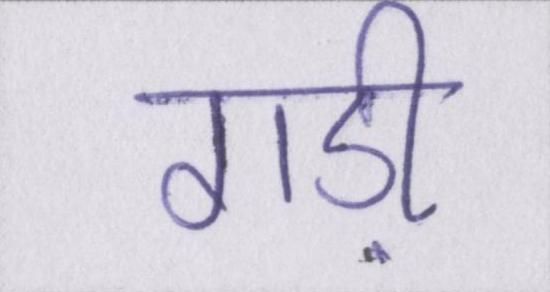
गड़ी